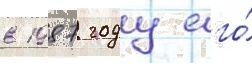
в 1987 году его́